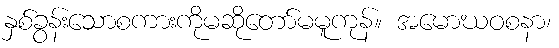
နှစ်ခွန်းသောစကားကိုမဆိုတော်မမူကုန်။ အမောဃဝစနာ၊